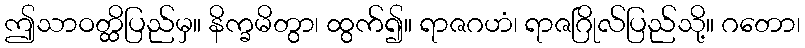
ဤသာဝတ္ထိပြည်မှ။ နိက္ခမိတွာ၊ ထွက်၍။ ရာဇဂဟံ၊ ရာဇဂြိုလ်ပြည်သို့။ ဂတော၊